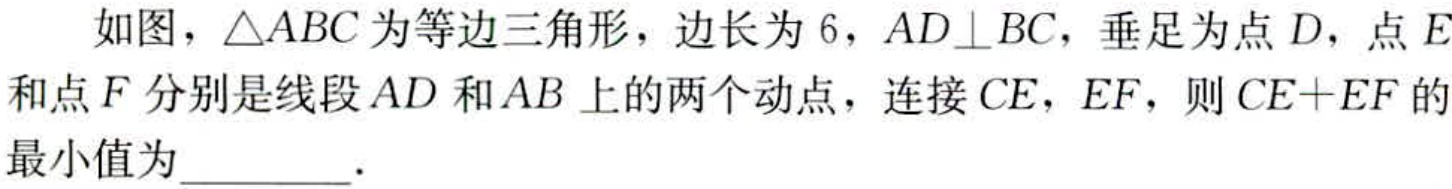
如图，\(\triangle ABC\)为等边三角形，边长为\(6\)，\(AD\perp BC\)，垂足为点\(D\)，点\(E\)和点\(F\)分别是线段\(AD\)和\(AB\)上的两个动点，连接\(CE\)，\(EF\)，则\(CE + EF\)的最小值为  ．